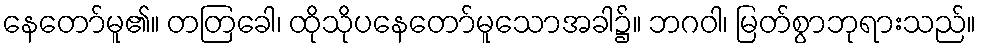
နေတော်မူ၏။ တတြခေါ၊ ထိုသိုပနေတော်မူသောအခါ၌။ ဘဂဝါ၊ မြတ်စွာဘုရားသည်။